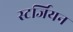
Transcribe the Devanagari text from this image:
स्टर्जियन